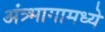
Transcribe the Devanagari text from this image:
अंत्र्भागामध्ये